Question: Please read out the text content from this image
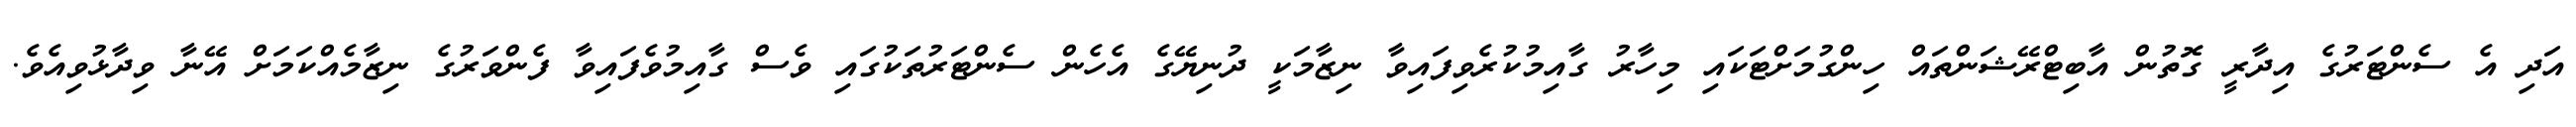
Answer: އަދި އެ ސެންޓަރުގެ އިދާރީ ގޮތުން އާބިޓްރޭޝަންތައް ހިންގުމަށްޓަކައި މިހާރު ގާއިމުކުރެވިފައިވާ ނިޒާމަކީ ދުނިޔޭގެ އެހެން ސެންޓަރުތަކުގައި ވެސް ގާއިމުވެފައިވާ ފެންވަރުގެ ނިޒާމެއްކަމަށް އޭނާ ވިދާޅުވިއެވެ.